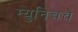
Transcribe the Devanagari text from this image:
म्युनिचचे